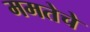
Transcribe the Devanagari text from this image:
ममतेचे